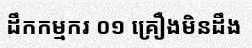
ដឹកកម្មករ ០១ គ្រឿងមិនដឹង